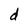
Character: d